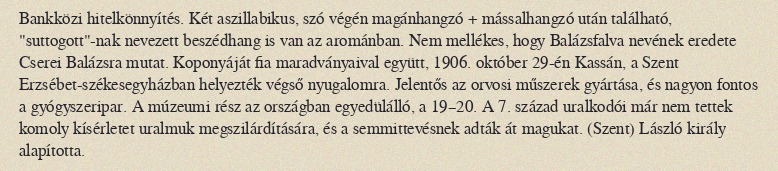
Bankközi hitelkönnyítés. Két aszillabikus, szó végén magánhangzó + mássalhangzó után található, "suttogott"-nak nevezett beszédhang is van az arománban. Nem mellékes, hogy Balázsfalva nevének eredete Cserei Balázsra mutat. Koponyáját fia maradványaival együtt, 1906. október 29-én Kassán, a Szent Erzsébet-székesegyházban helyezték végső nyugalomra. Jelentős az orvosi műszerek gyártása, és nagyon fontos a gyógyszeripar. A múzeumi rész az országban egyedülálló, a 19–20. A 7. század uralkodói már nem tettek komoly kísérletet uralmuk megszilárdítására, és a semmittevésnek adták át magukat. (Szent) László király alapította.